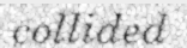
collided